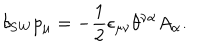
LaTeX: \delta _ { \mathrm { S W } } p _ { \mu } = - \frac { 1 } { 2 } \epsilon _ { \mu \nu } \theta ^ { \nu \alpha } A _ { \alpha } .